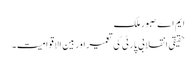
ایم اے صبور ملک
حقیقی انقلابی پارٹی کی تعمیراور بین الاقوامیت۔